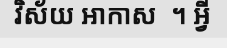
វិស័យ ឤកាស  ។ អ្វី